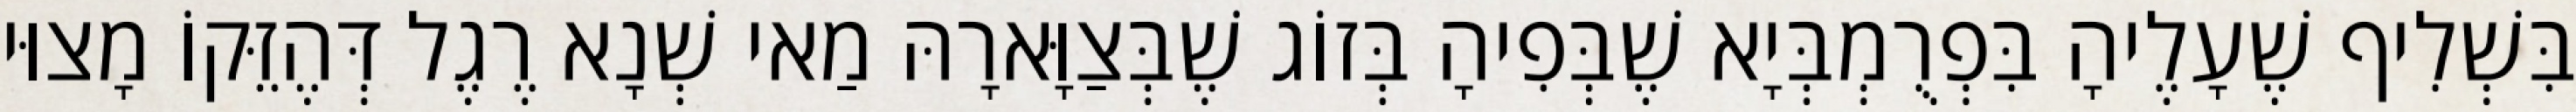
בִּשְׁלִיף שֶׁעָלֶיהָ בִּפְרֻמְבְּיָא שֶׁבְּפִיהָ בְּזוֹג שֶׁבְּצַוָּארָהּ מַאי שְׁנָא רֶגֶל דְּהֶזֵּקוֹ מָצוּי